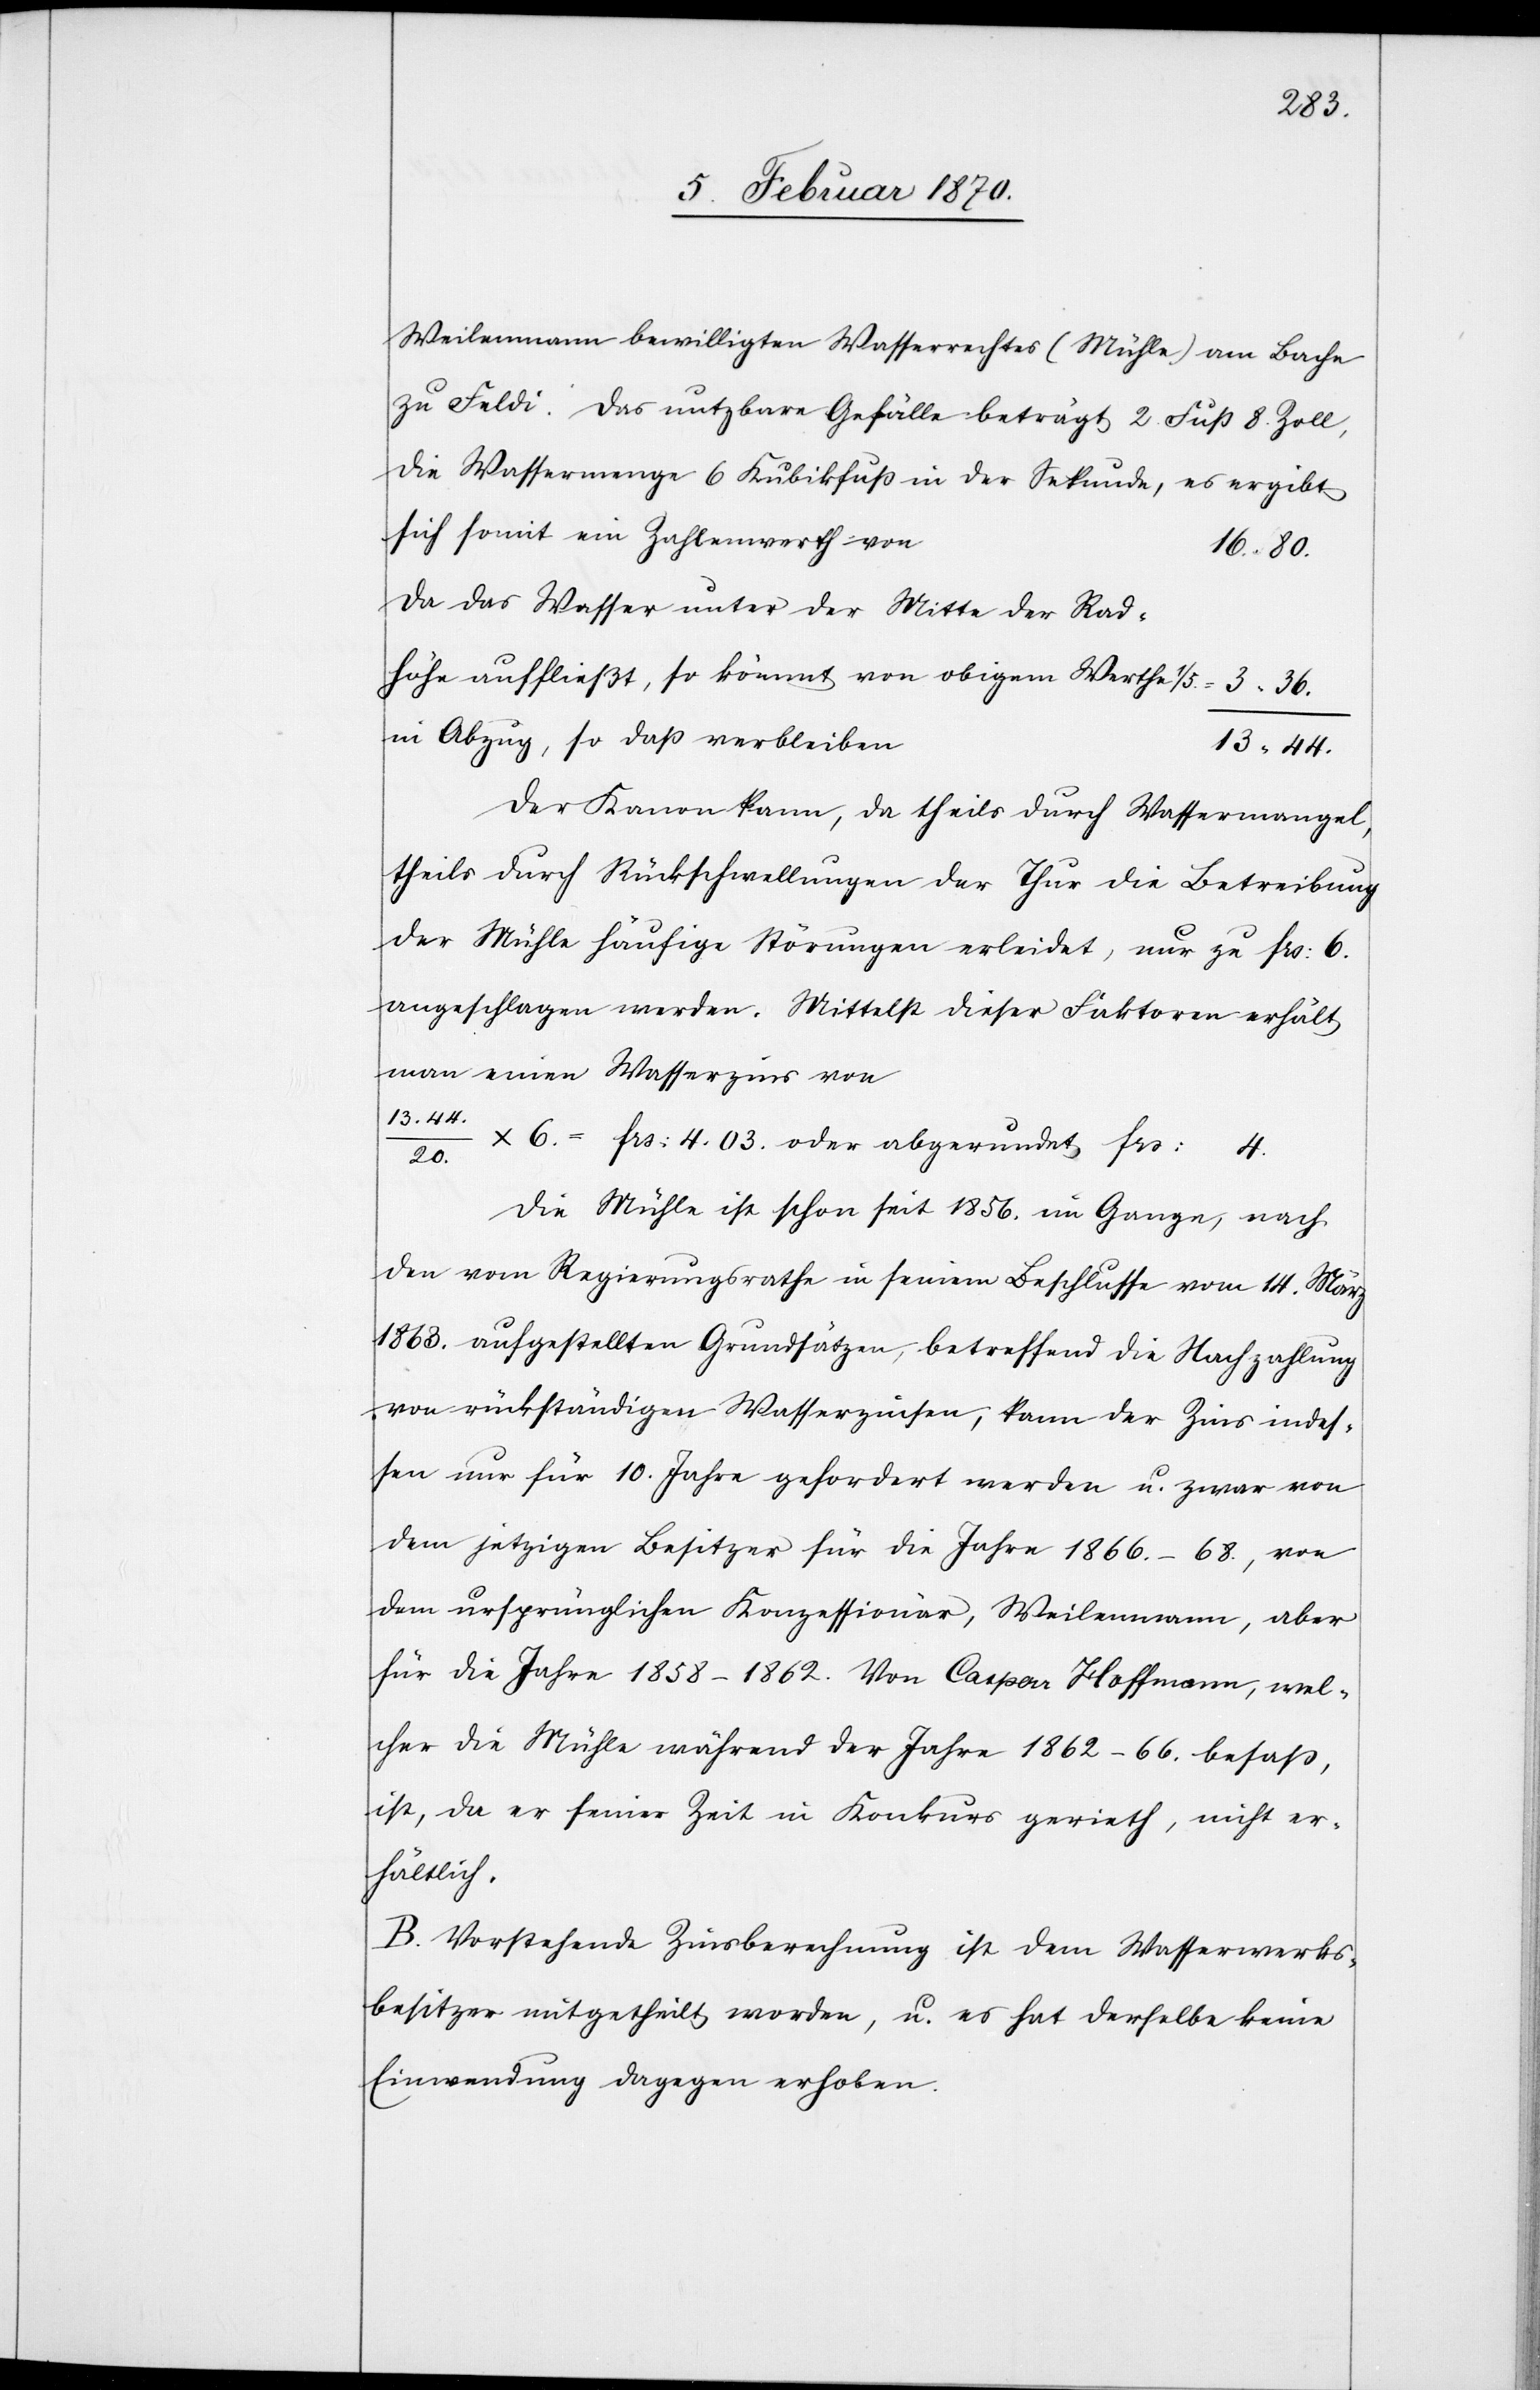
Weilenmann bewilligten Wasserrechtes (Mühle) am Bache
zu Feldi. Das nutzbare Gefälle beträgt 2 Fuß 8 Zoll,
die Wassermenge 6 Kubikfuß in der Sekunde, es ergibt
sich somit ein Zahlenwerth von
Da das Wasser unter der Mitte der Rad¬
in Abzug, so daß verbleibe¬
13.44.
Der Kanon kann, da theils durch Wassermangel,
theils durch Rückschwellungen der Thur die Betreibung
der Mühle häufige Störungen erleidet, nur zu frs: 6.
angeschlagen werden. Mittelst dieser Faktoren erhält
man einen Wasserzins von
x 6. = frs: 4.03. oder abgerundet frs: 4.
20.
Die Mühle ist schon seit 1856. im Gange, nach
den vom Regierungsrathe in seinem Beschlusse vom 14. März
1863. aufgestellten Grundsätzen, betreffend die Nachzahlung
von rückständigen Wasserzinsen, kann der Zins indes¬
sen nur für 10. Jahre gefordert werden u. zwar von
dem jetzigen Besitzer für die Jahre 1866.–68., von
dem ursprünglichen Konzessionär, Weilenmann, aber
für die Jahre 1858–1862. Von Caspar Hoffmann, wel¬
cher die Mühle während der Jahre 1862–66. besass,
ist, da er seiner Zeit in Konkurs gerieth, nicht er¬
hältlich.
B. Vorstehende Zinsberechnung ist dem Wasserwerks¬
besitzer mitgetheilt worden, u. es hat derselbe keine
Einwendung dagegen erhoben.